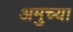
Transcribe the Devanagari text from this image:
अमुच्या